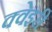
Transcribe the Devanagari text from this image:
क्वेइरी